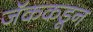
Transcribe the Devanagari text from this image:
जॅककडून